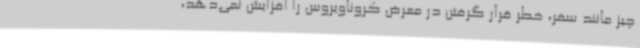
چیز مانند سفر، خطر قرار گرفتن در معرض کروناویروس را افزایش نمی‌دهد،